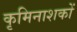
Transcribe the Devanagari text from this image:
कृमिनाशकों